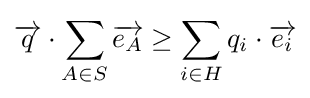
{\overrightarrow {q}}\cdot \sum _{A\in S}{\overrightarrow {e_{A}}}\geq \sum _{i\in H}{q_{i}\cdot {\overrightarrow {e_{i}}}}